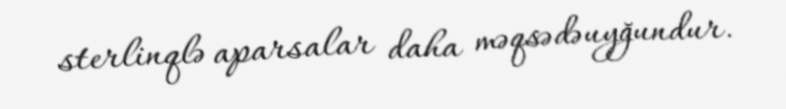
sterlinqlə aparsalar daha məqsədəuyğundur.